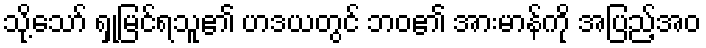
သို့သော် ရှုမြင်ရသူ၏ ဟဒယတွင် ဘဝ၏ အားမာန်ကို အပြည့်အဝ